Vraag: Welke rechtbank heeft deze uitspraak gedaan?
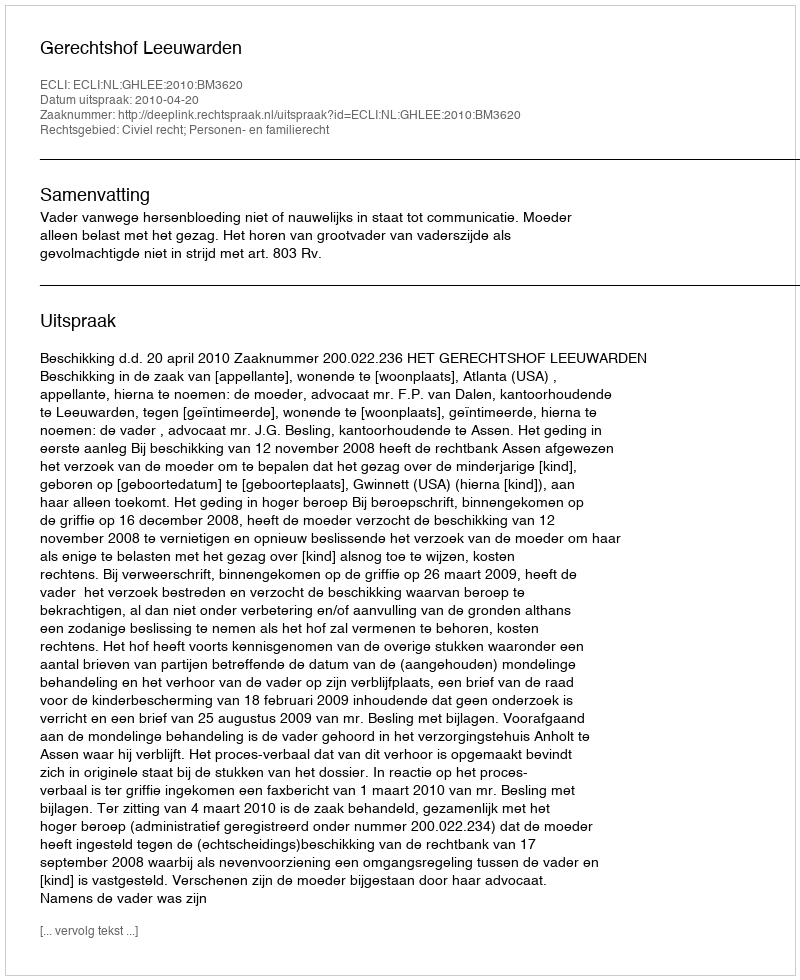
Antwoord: Gerechtshof Leeuwarden